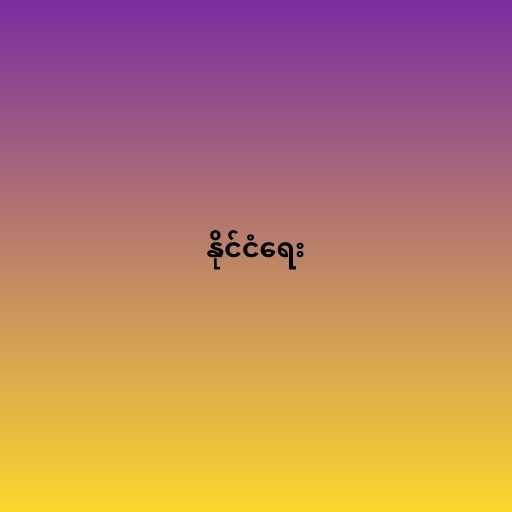
နိုင်ငံရေး